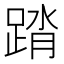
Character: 䠌